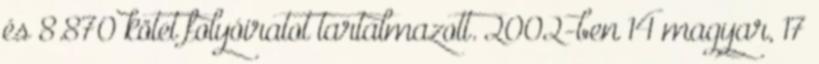
és 8.870 kötet folyóiratot tartalmazott. 2002-ben 14 magyar, 17